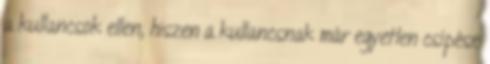
a kullancsok ellen, hiszen a kullancsnak már egyetlen csípése